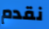
نقدم